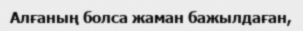
Алғаның болса жаман бажылдаған,